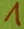
Text: 1